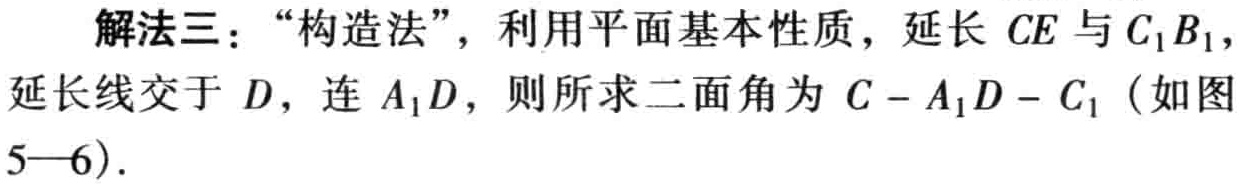
解法三：“构造法”，利用平面基本性质，延长 \(CE\) 与 \(C_{1}B_{1}\)，延长线交于 \(D\)，连 \(A_{1}D\)，则所求二面角为 \(C - A_{1}D - C_{1}\)（如图 \(5—6\)）.